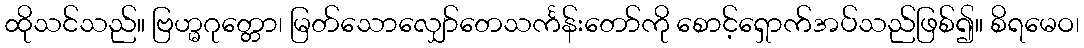
ထိုသင်သည်။ ဗြဟ္မဂုတ္တော၊ မြတ်သောလျှော်တေသင်္ကန်းတော်ကို စောင့်ရှောက်အပ်သည်ဖြစ်၍။ စိရမေဝ၊